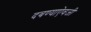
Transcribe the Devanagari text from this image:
दबण्याऐवजी